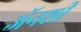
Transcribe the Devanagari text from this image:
अॅनशी